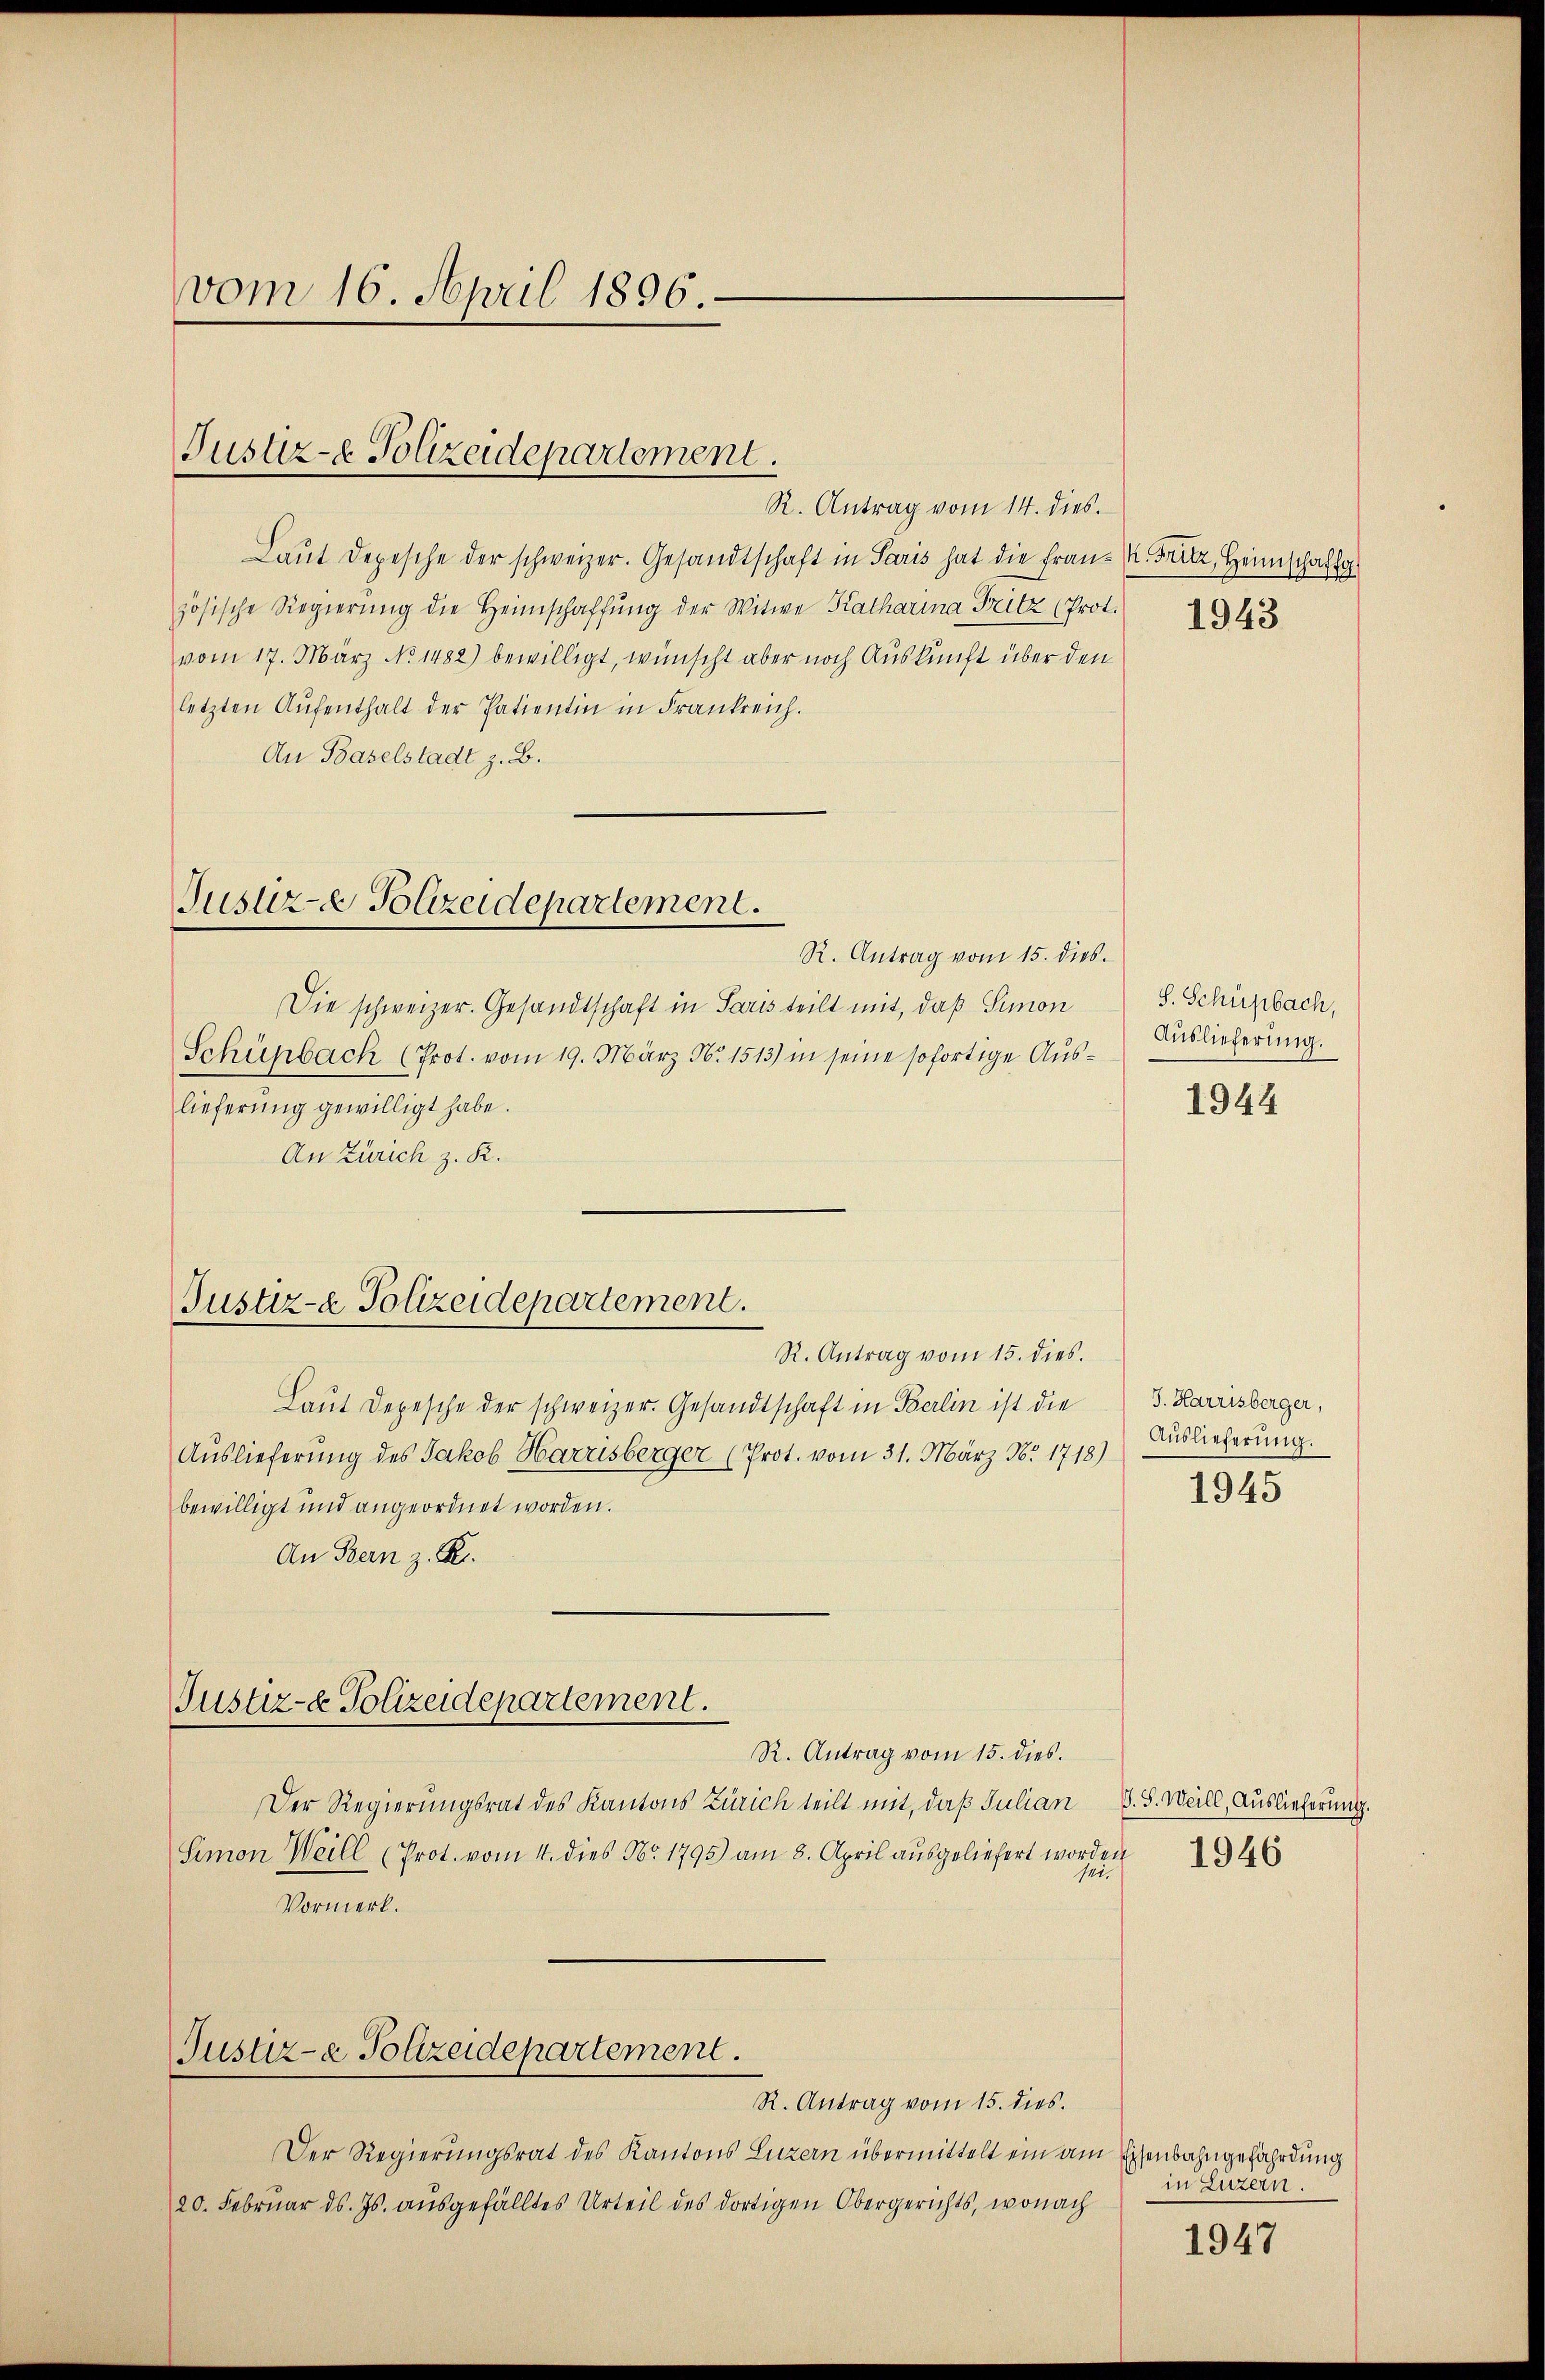
vom 16. April 1896.

Justiz- & Polizeidepartement.

Laŭt Depesche der schweizer. Gesandtschaft in Paris hat die fran- K. Fritz, Heimschaft
zösische Regierŭng die Heimschaffŭng der Witwe Katharina Fritz (Prot.
vom 17. März No 1482) bewilligt, wünscht aber noch Auskunft über den
letzten Aufenthalt der Patientin in Frankreich.
An Baselstadt z. B.

Jusure Polizeidepartement.

R. Antrag vom 15. dies.
Die schweizer. Gesandtschaft in Paris teilt mit, daß Simon
Schünbach (Prot. vom 19. März N. 1513) in seine sofortige Auslieferung gewilligt habe.
An Zürich z. K.

Justiz- & Polizeidepartement.
R. Antrag vom 15. dies.

Justiz- & Polizeidepartement.

Justiz- & Polizeidepartement.
R. Antrag vom 15. dies.

R. Antrag vom 14. dies.

Laut Depesche der schweizer. Gesandtschaft in Berlin ist die
Auslieferung des Jakob Harrisberger (Prot. vom 31. März Nr. 1718)
bewilligt und angeordnet worden.
An Bern z. R.

Der Regierungsrat des Kantons Luzern übermittelt ein am Eisenbahngefährdung
20. Februar d. Js. ausgefälltes Urteil des dortigen Obergerichts, wonach

R. Antrag vom 15. dies.
Der Regierungsrat des Kantons Zürich teilt mit, daß Julian
Simon Weill (Prot. vom 4. dies Nr. 1795) am 8. April ausgeliefert worden
sei.
Vormerk.

1943

S. Schüpbach,
Auslieferung.

1944

J. Harrisberger,
Auslieferung.
1945

S. S. Weill, Auslieferung.

1946

in Luzern.

1947